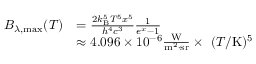
{ \begin{array} { r l } { B _ { \lambda , { \mathrm { m a x } } } ( T ) } & { = { \frac { 2 k _ { \mathrm { B } } ^ { 5 } T ^ { 5 } x ^ { 5 } } { h ^ { 4 } c ^ { 3 } } } { \frac { 1 } { e ^ { x } - 1 } } } \\ & { \approx 4 . 0 9 6 \times 1 0 ^ { - 6 } { \frac { \mathrm { W } } { { \mathrm { m } } ^ { 2 } \cdot { \mathrm { s r } } } } \times ~ ( T / { \mathrm { K } } ) ^ { 5 } } \end{array} }